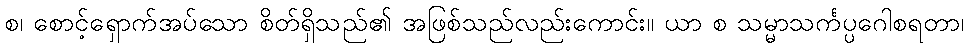
စ၊ စောင့်ရှောက်အပ်သော စိတ်ရှိသည်၏ အဖြစ်သည်လည်းကောင်း။ ယာ စ သမ္မာသင်္ကပ္ပဂေါစရတာ၊